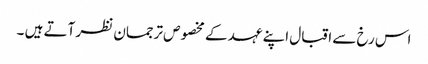
اس رخ سے اقبال اپنے عہد کے مخصوص ترجمان نظر آتے ہیں ۔